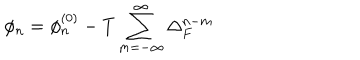
\phi _ { n } = \phi _ { n } ^ { \left( 0 \right) } - T \sum _ { m = - \infty } ^ { \infty } \Delta _ { F } ^ { n - m }